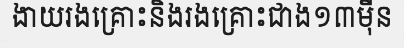
ងាយរងគ្រោះនិងរងគ្រោះជាង១៣ម៉ឺន